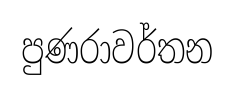
පුණරාවර්තන